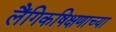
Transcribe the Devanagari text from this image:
लैंगिकषिक्षणाच्या